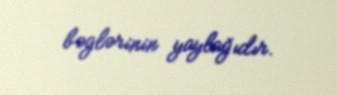
bəglərinin yaylağıdır.